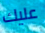
عليك